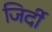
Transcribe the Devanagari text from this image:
जिर्दी